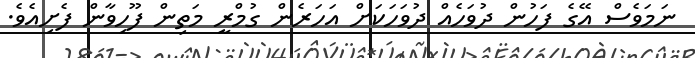
ނަމަވެސް އޭގެ ފަހުން ދުވަހެއް ދުވަހަކަށް އަހަރެން ގުމްރީ މަތިން ފޫހިވާން ފެށިއެވެ.